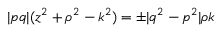
\vert p q \vert ( z ^ { 2 } + \rho ^ { 2 } - k ^ { 2 } ) = \pm \vert q ^ { 2 } - p ^ { 2 } \vert \rho k